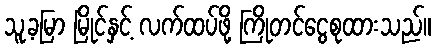
သူ့ခမြာ မြိုင်နှင့် လက်ထပ်ဖို့ ကြိုတင်ငွေစုထားသည်။